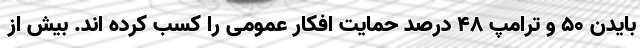
بایدن 50 و ترامپ 48 درصد حمایت افکار عمومی را کسب کرده اند. بیش از